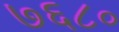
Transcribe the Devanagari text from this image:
७६८०